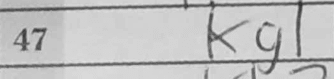
Transcription: Kg1